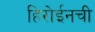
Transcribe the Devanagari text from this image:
हिरोईनची